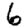
Digit: 6